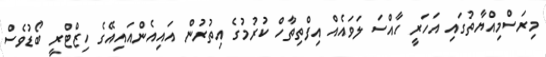
މިރަސްމިއްޔާތުގައި އަހަރީ ހާއްސަ ލަވައެއް އިފްތިތާހް ކުރުމުގެ އިތުރުން އައިއެންއައިއޭގެ ހިޒްޓްރީ ބޯޑުވެސް